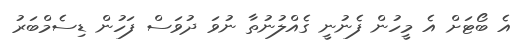
އެ ބޯޓަށް އެ މީހުން ފެނުނީ ގެއްލުނުތާ ނުވަ ދުވަސް ފަހުން ޑިސެމްބަރު